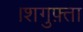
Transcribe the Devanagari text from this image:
।शगुफ़्ता